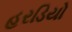
હરડિયો